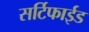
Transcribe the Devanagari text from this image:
सर्टिफाईड